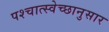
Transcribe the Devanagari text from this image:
पश्चात्स्वेच्छानुसार